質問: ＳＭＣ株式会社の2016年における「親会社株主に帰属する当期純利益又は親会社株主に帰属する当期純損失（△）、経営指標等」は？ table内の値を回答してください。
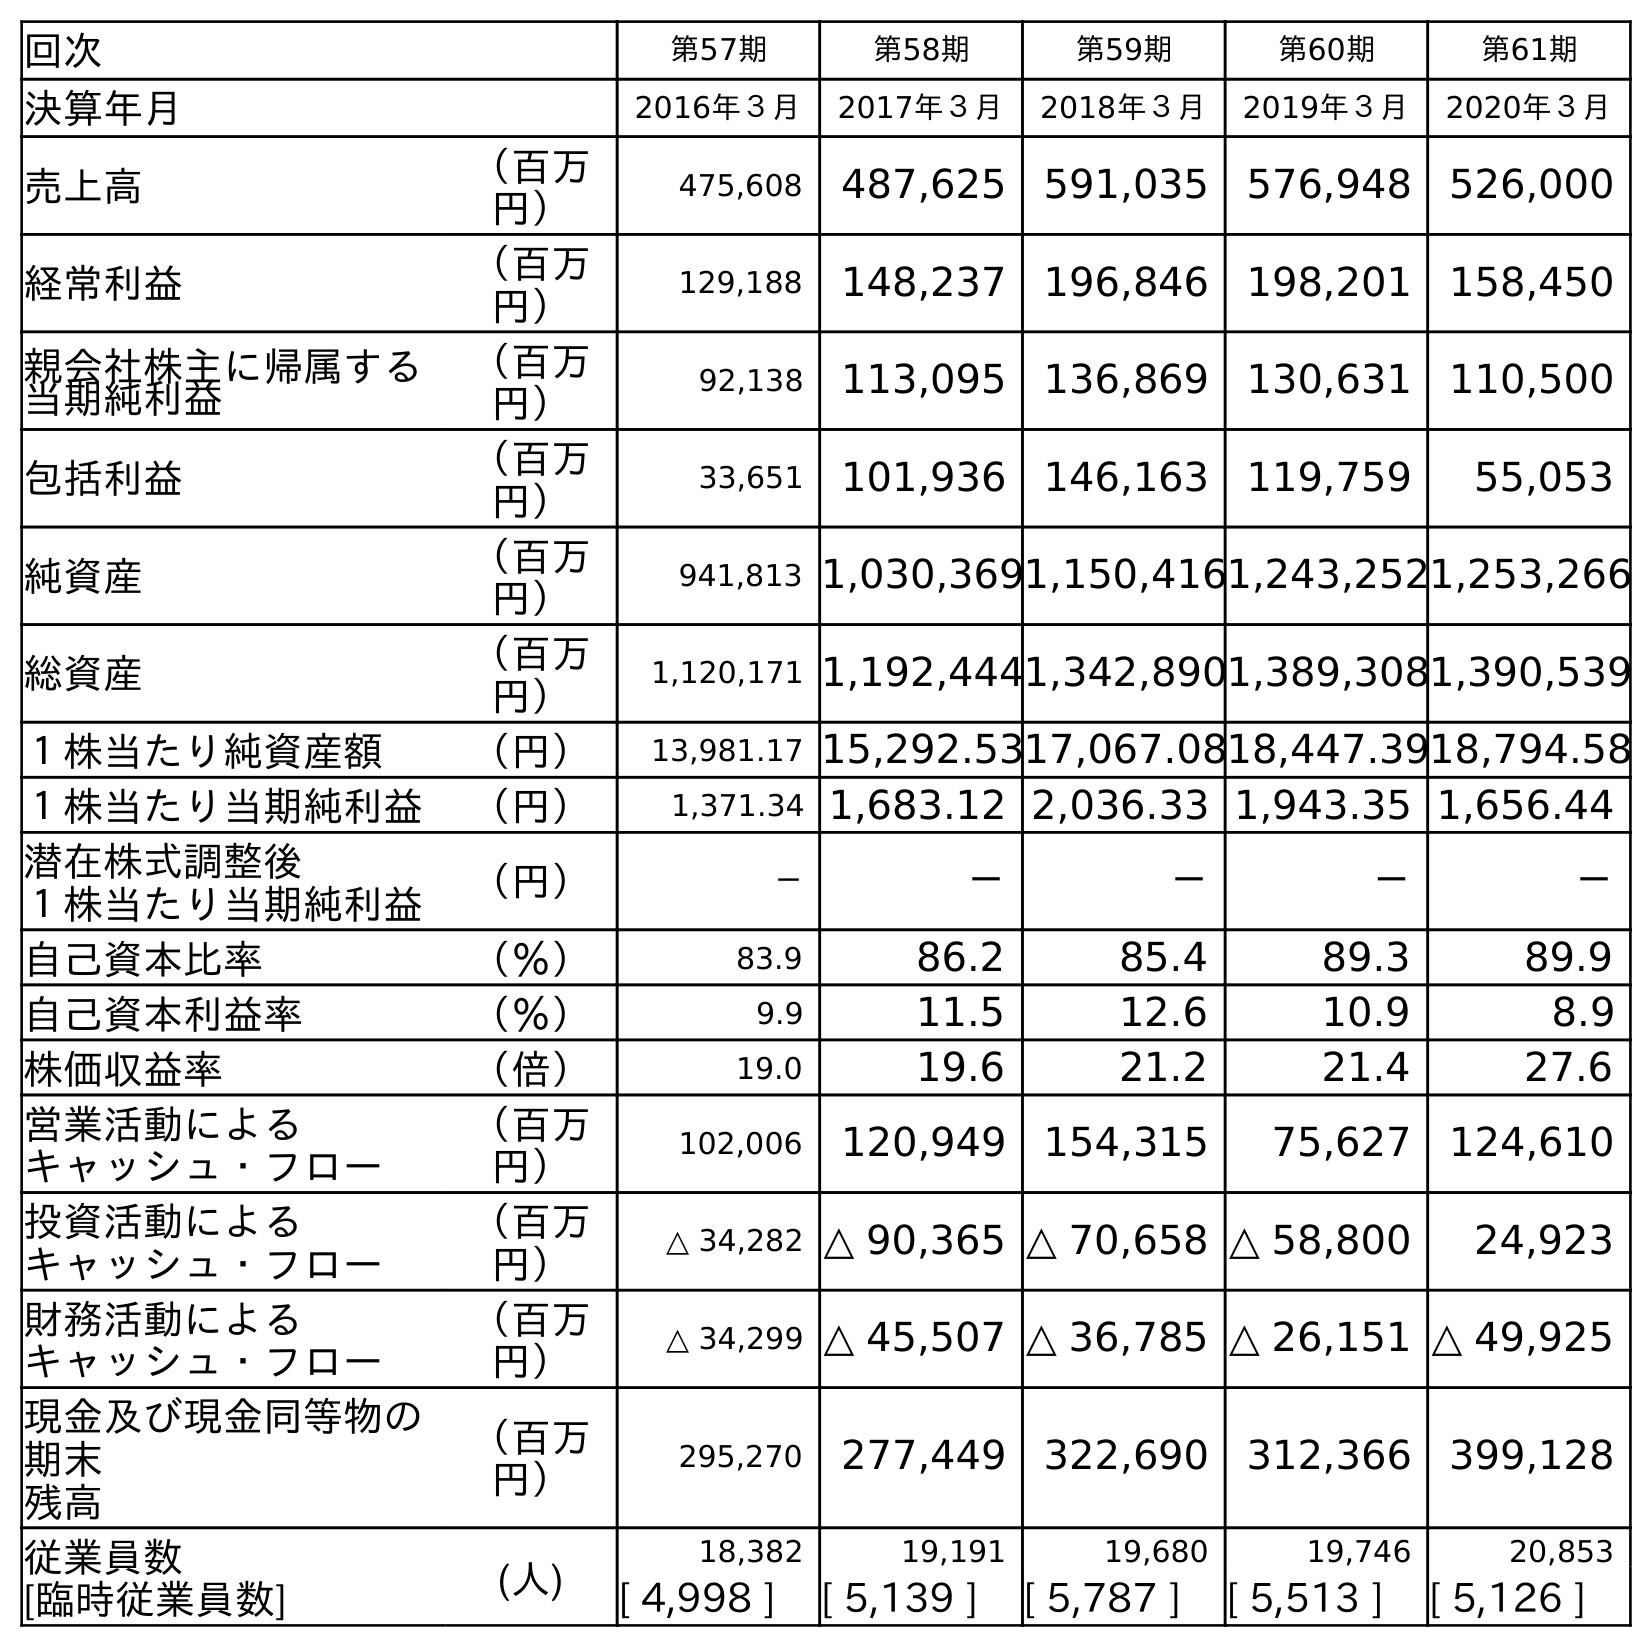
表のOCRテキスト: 回次 第57期 第58期 第59期 第60期 第61期 決算年月 2016年３月 2017年３月 2018年３月 2019年３月 2020年３月 売上高 （百万 円） 475,608 487,625 591,035 576,948 526,000 経常利益 （百万 円） 129,188 148,237 196,846 198,201 158,450 親会社株主に帰属する 当期純利益 （百万 円） 92,138 113,095 136,869 130,631 110,500 包括利益 （百万 円） 33,651 101,936 146,163 119,759 55,053 純資産 （百万 円） 941,813 1,030,3691,150,4161,243,2521,253,266 総資産 （百万 円） 1,120,171 1,192,4441,342,8901,389,3081,390,539 １株当たり純資産額 （円） 13,981.17 15,292.5317,067.0818,447.3918,794.58 １株当たり当期純利益 （円） 1,371.34 1,683.12 2,036.33 1,943.35 1,656.44 潜在株式調整後 １株当たり当期純利益 （円） － － － － － 自己資本比率 （％） 83.9 86.2 85.4 89.3 89.9 自己資本利益率 （％） 9.9 11.5 12.6 10.9 8.9 株価収益率 （倍） 19.0 19.6 21.2 21.4 27.6 営業活動による キャッシュ・フロー （百万 円） 102,006 120,949 154,315 75,627 124,610 投資活動による キャッシュ・フロー （百万 円） △ 34,282 △ 90,365 △ 70,658 △ 58,800 24,923 財務活動による キャッシュ・フロー （百万 円） △ 34,299 △ 45,507 △ 36,785 △ 26,151 △ 49,925 現金及び現金同等物の 期末 残高 （百万 円） 295,270 277,449 322,690 312,366 399,128 従業員数 [臨時従業員数] (人) 18,382 19,191 19,680 19,746 20,853 [ 4,998 ] [ 5,139 ] [ 5,787 ] [ 5,513 ] [ 5,126 ]
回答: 92,138